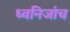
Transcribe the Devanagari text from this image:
ध्वनिजांच